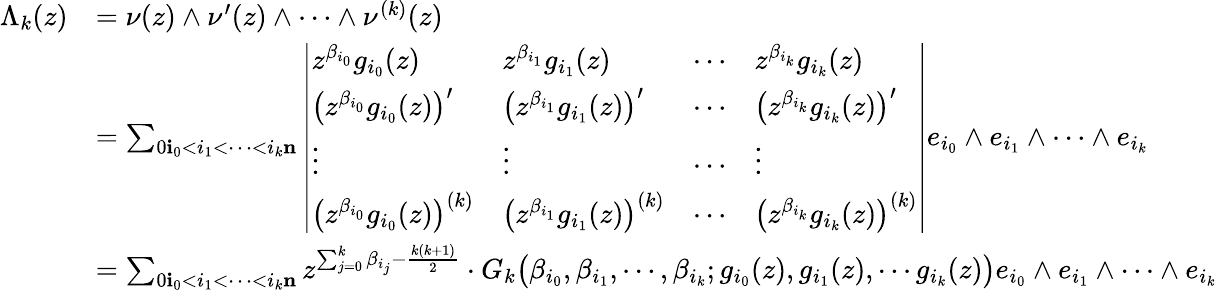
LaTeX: \begin{array}{rl}{\Lambda_{k}(z)}&{=\nu(z)\wedge\nu^{\prime}(z)\wedge\cdots\wedge\nu^{(k)}(z)}\\ &{=\sum_{0\le i_{0}<i_{1}<\cdots<i_{k}\le n}\left|\begin{array}{llll}{z^{\beta_{i_{0}}}g_{i_{0}}(z)}&{z^{\beta_{i_{1}}}g_{i_{1}}(z)}&{\cdots}&{z^{\beta_{i_{k}}}g_{i_{k}}(z)}\\ {\big(z^{\beta_{i_{0}}}g_{i_{0}}(z)\big)^{\prime}}&{\big(z^{\beta_{i_{1}}}g_{i_{1}}(z)\big)^{\prime}}&{\cdots}&{\big(z^{\beta_{i_{k}}}g_{i_{k}}(z)\big)^{\prime}}\\ {\vdots}&{\vdots}&{\cdots}&{\vdots}\\ {\big(z^{\beta_{i_{0}}}g_{i_{0}}(z)\big)^{(k)}}&{\big(z^{\beta_{i_{1}}}g_{i_{1}}(z)\big)^{(k)}}&{\cdots}&{\big(z^{\beta_{i_{k}}}g_{i_{k}}(z)\big)^{(k)}}\end{array}\right|e_{i_{0}}\wedge e_{i_{1}}\wedge\cdots\wedge e_{i_{k}}}\\ &{=\sum_{0\le i_{0}<i_{1}<\cdots<i_{k}\le n}z^{\sum_{j=0}^{k}\beta_{i_{j}}-\frac{k(k+1)}{2}}\cdot G_{k}\big(\beta_{i_{0}},\beta_{i_{1}},\cdots,\beta_{i_{k}};g_{i_{0}}(z),g_{i_{1}}(z),\cdots g_{i_{k}}(z)\big)e_{i_{0}}\wedge e_{i_{1}}\wedge\cdots\wedge e_{i_{k}}}\end{array}